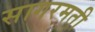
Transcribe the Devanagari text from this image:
सागरमती